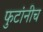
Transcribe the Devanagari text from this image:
फुटांनीच